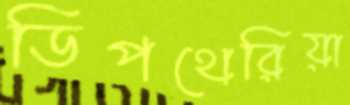
ডিপথেরিয়া